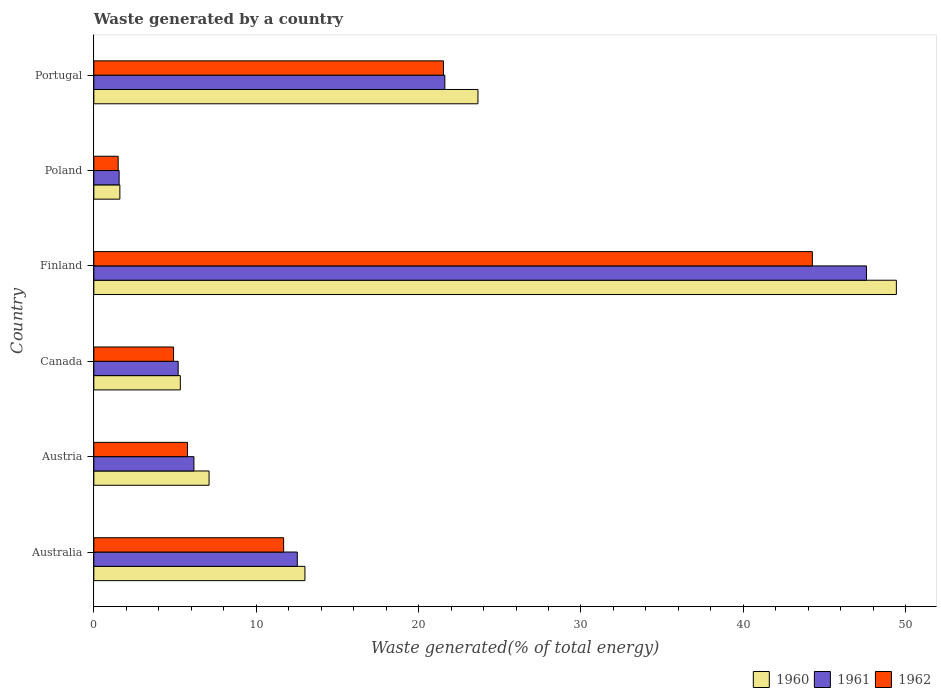
| Country | 1960 | 1961 | 1962 |
 | --- | --- | --- | --- |
 | Australia | 13 | 12.5 | 11.7 |
 | Austria | 7.1 | 6.16 | 5.77 |
 | Canada | 5.33 | 5.19 | 4.91 |
 | Finland | 49.4 | 47.6 | 44.3 |
 | Poland | 1.6 | 1.56 | 1.5 |
 | Portugal | 23.7 | 21.6 | 21.5 |